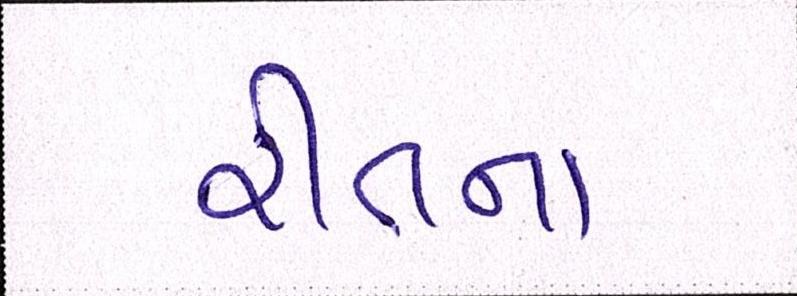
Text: રીતના